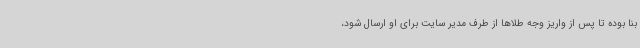
بنا بوده تا پس از واریز وجه طلاها از طرف مدیر سایت برای او ارسال شود،